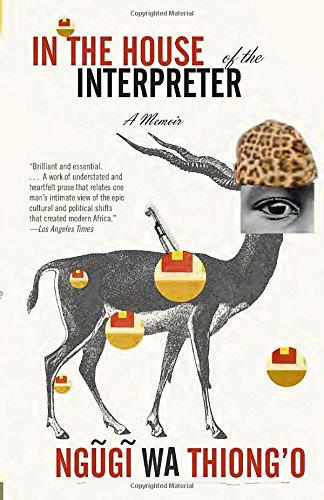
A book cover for In the House of the Interpreter; Ngugi wa Thiong'o; Literature & Fiction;